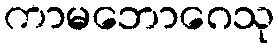
ကာမဘောဂေသု